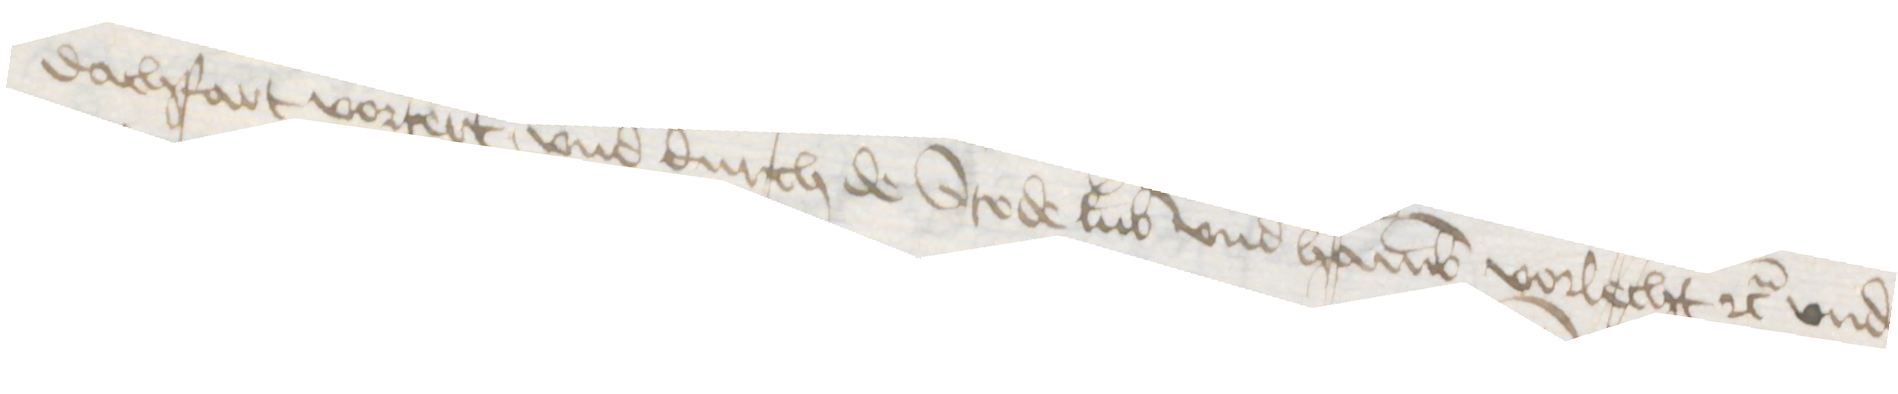
dachfart vortert, vnd durch de Stede Lubek vnd Hamburg vorlecht etc. vnd